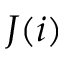
J ( i )